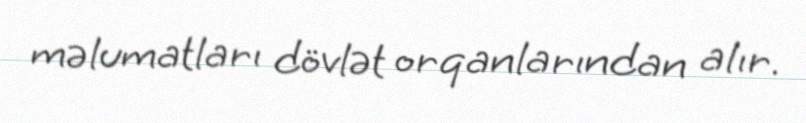
məlumatları dövlət orqanlarından alır.